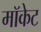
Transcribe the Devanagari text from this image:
मॉकेट